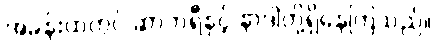
အခန်းထဲတွင် ဆာဘရီနှင့် နာဒါတို့ရှိနေကြသည်။